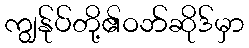
ကျွန်ုပ်တို့၏ဝဘ်ဆိုဒ်မှာ